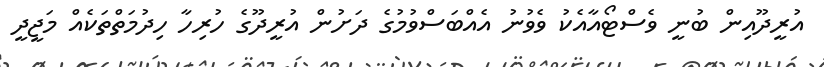
އުރީދޫއިން ބުނީ ވެސްޓޯއާއެކު ވެވުނު އެއްބަސްވުމުގެ ދަށުން އުރީދޫގެ ހުރިހާ ހިދުމަތްތަކެއް މަޖީދީ